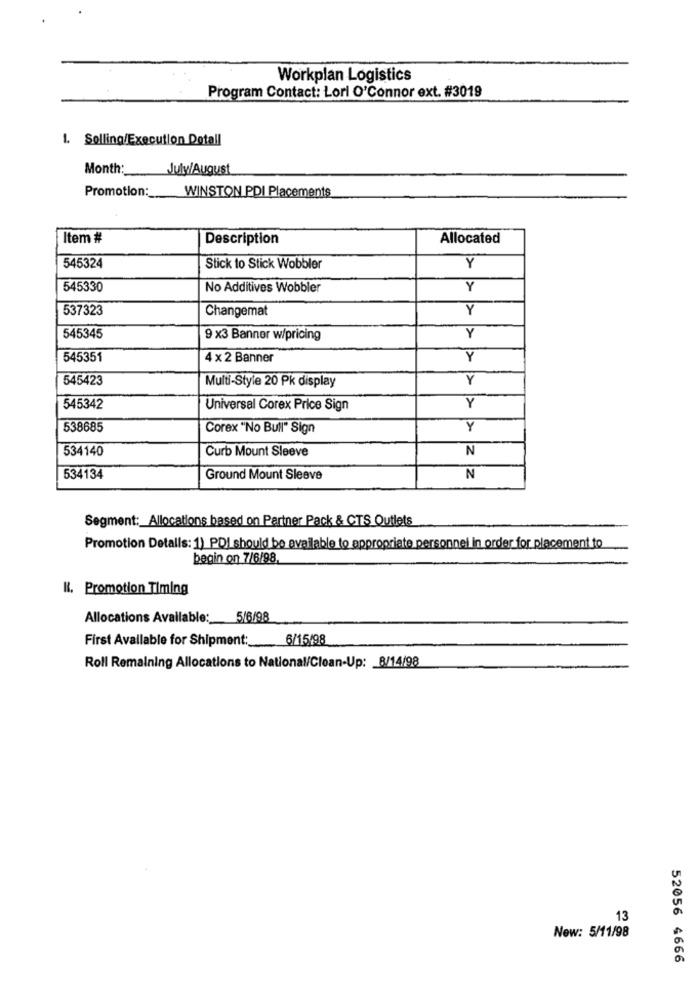
Workplan Logistics
Program Contact: Lori O'Connor ext. #3019
1. Selling/Execution Dotall
Month :_
July/August
Promotion:
WINSTON PDI Placements
Item #
Description
Allocated
545324
Stick to Stick Wobbler
Y
545330
No Additives Wobbler
Y
537323
Changemat
Y
545345
9 ×3 Banner w/pricing
Y
545351
4 x 2 Banner
Y
545423
Y
Multi-Style 20 Pk display
545342
Universal Corex Price Sign
538685
Corex "No Bull" Sign
Y
534140
Curb Mount Sleeve
N
534134
Ground Mount Sleeve
N
Segment: Allocations based on Partner Pack & CTS Outlets
Promotion Detalls: 1) PDI should be available to appropriate personnel in order for placement to
begin on 7/6/98.
K. Promotion Timing
Allocations Available: 5/6/98
First Available for Shipment: 6/15/98
Roll Remaining Allocations to National/Clean-Up: 8/14/98
13
New: 5/11/98
52056 4666